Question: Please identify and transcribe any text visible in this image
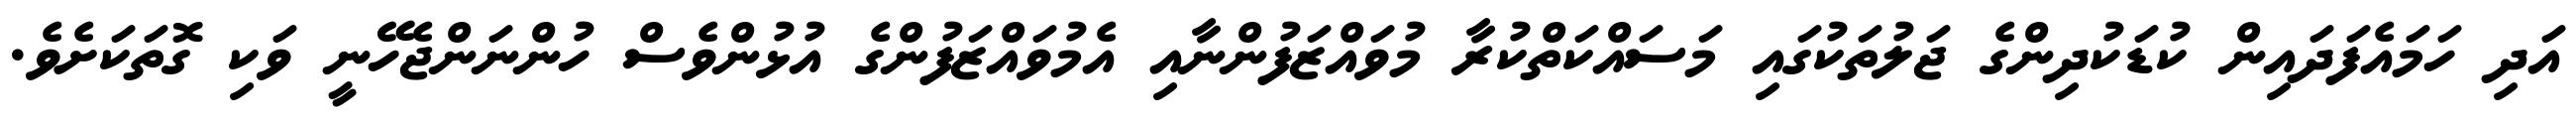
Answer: އަދި ހަމައެފަދައިން ކުޑަކުދިންގެ ޖަލުތަކުގައި މަސައްކަތްކުރާ މުވައްޒަފުންނާއި އެމުވައްޒަފުންގެ އުޅުންވެސް ހުންނަންޖެހޭނީ ވަކި ގޮތަކަށެވެ.